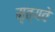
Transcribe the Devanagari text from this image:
मृत्यवे